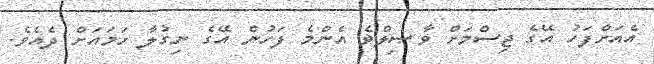
އެއަށްފަހު އޭގެ ޖިސްމަށް ވާޞިލްވެ އެންމެ ފަހުން އޭގެ ނިގުލާ ހަމައަށް ދެއެވެ.